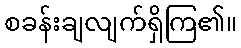
စခန်းချလျက်ရှိကြ၏။